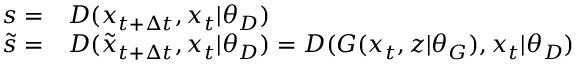
\begin{array} { r l } { s = } & { { } D ( x _ { t + \Delta t } , x _ { t } | \theta _ { D } ) } \\ { \tilde { s } = } & { { } D ( \tilde { x } _ { t + \Delta t } , x _ { t } | \theta _ { D } ) = D ( G ( x _ { t } , z | \theta _ { G } ) , x _ { t } | \theta _ { D } ) } \end{array}